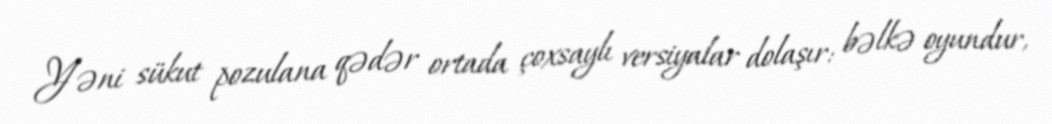
Yəni sükut pozulana qədər ortada çoxsaylı versiyalar dolaşır: bəlkə oyundur,